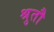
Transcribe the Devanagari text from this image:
श्रुतौ